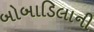
બોબાડિલાની